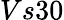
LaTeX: Vs30